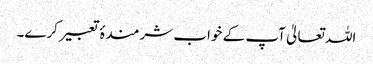
اللہ تعالیٰ آپ کے خواب شرمندۂ تعبیر کرے۔